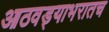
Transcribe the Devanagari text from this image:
आठवड्याभरातच